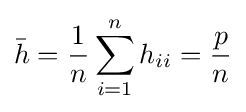
{\bar {h}}={\dfrac {1}{n}}\sum _{i=1}^{n}h_{ii}={\dfrac {p}{n}}